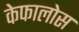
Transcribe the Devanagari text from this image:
केफालोस